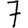
Digit: 7